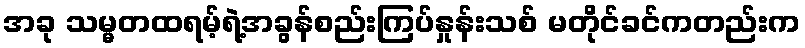
အခု သမ္မတထရမ့်ရဲ့အခွန်စည်းကြပ်နှုန်းသစ် မတိုင်ခင်ကတည်းက